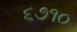
૬૭૧૦